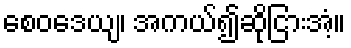
စေဝဒေယျ၊ အကယ်၍ဆိုငြားအံ့။